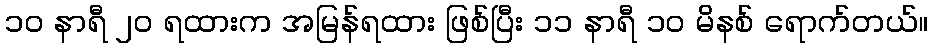
၁၀ နာရီ ၂၀ ရထားက အမြန်ရထား ဖြစ်ပြီး ၁၁ နာရီ ၁၀ မိနစ် ရောက်တယ်။